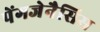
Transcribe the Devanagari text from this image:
पेंगजेनैसिस